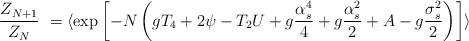
LaTeX: \begin{align*}{Z_{N+1} \over Z_N}\ = \langle \exp\left[-N\left( g T_4 + 2 \psi - T_2 U + g { \alpha_s^4 \over 4} + g { \alpha_s^2 \over 2} + A - g { \sigma_s^2 \over 2}\right)\right]\rangle \end{align*}